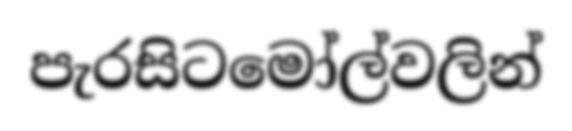
පැරසිටමෝල්වලින්